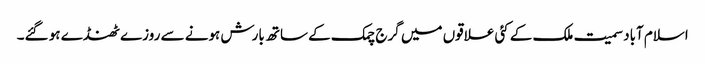
اسلام آباد سمیت ملک کے کئی علاقوں میں گرج چمک کے ساتھ بارش ہونے سے روزے ٹھنڈے ہو گئے۔